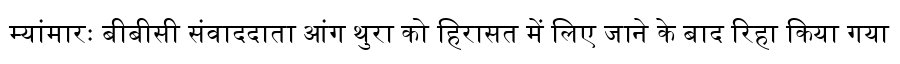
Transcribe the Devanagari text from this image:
म्यांमारः बीबीसी संवाददाता आंग थुरा को हिरासत में लिए जाने के बाद रिहा किया गया